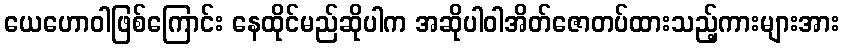
ယေဟောဝါဖြစ်ကြောင်း နေထိုင်မည်ဆိုပါက အဆိုပါဝါအိတ်ဇောတပ်ထားသည့်ကားများအား